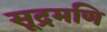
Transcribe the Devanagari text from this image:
सूद्रमणि